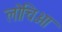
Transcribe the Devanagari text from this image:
लोचिआ